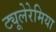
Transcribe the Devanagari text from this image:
ट्यूलेरेमिया